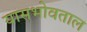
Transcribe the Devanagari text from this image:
यासभोवताल